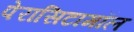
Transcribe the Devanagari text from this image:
पेरासिटामॉल